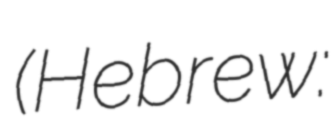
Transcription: (Hebrew: